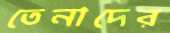
তেনাদের